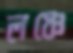
লঞ্চে